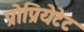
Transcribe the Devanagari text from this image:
प्रोप्रियेटेट